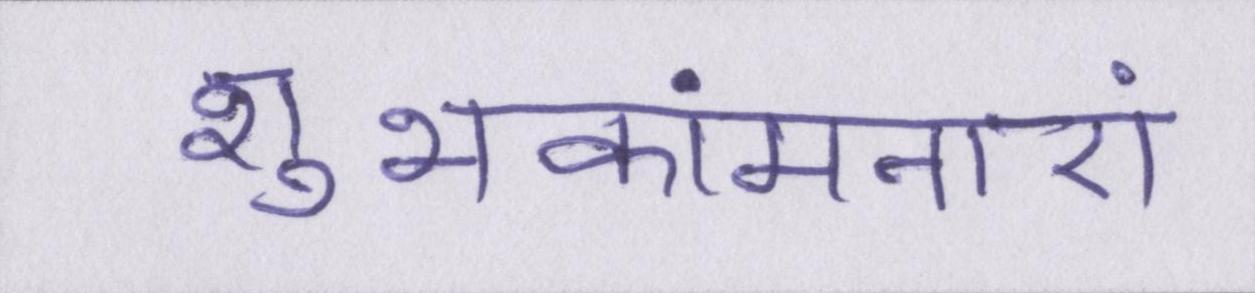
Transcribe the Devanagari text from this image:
शुभकांमनाएं